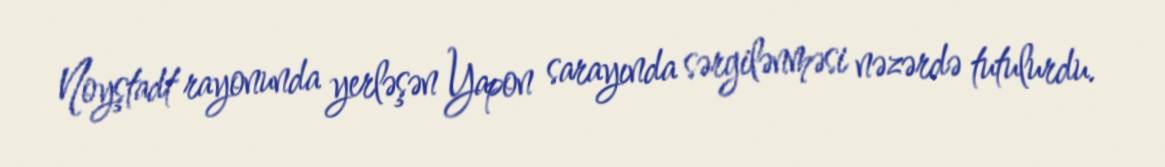
Noyştadt rayonunda yerləşən Yapon sarayında sərgilənməsi nəzərdə tutulurdu.